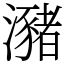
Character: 瀦